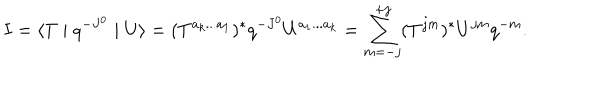
I = \langle T \mid q ^ { - J ^ { 0 } } \mid U \rangle = ( T ^ { a _ { k } . . . a _ { 1 } } ) ^ { \ast } q ^ { - J ^ { 0 } } U ^ { a _ { 1 } . . . a _ { k } } = \sum _ { m = - j } ^ { + j } ( T ^ { j m } ) ^ { \ast } U ^ { j m } q ^ { - m } .